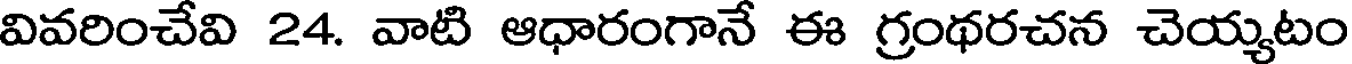
వివరించేవి 24. వాటి ఆధారంగానే ఈ గ్రంథరచన చెయ్యటం